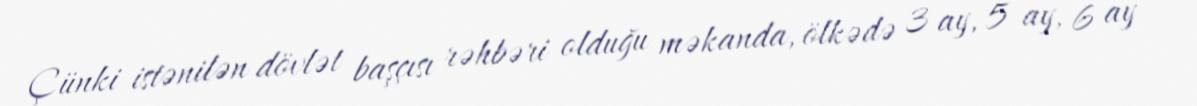
Çünki istənilən dövlət başçısı rəhbəri olduğu məkanda, ölkədə 3 ay, 5 ay, 6 ay